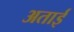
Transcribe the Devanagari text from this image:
अताई